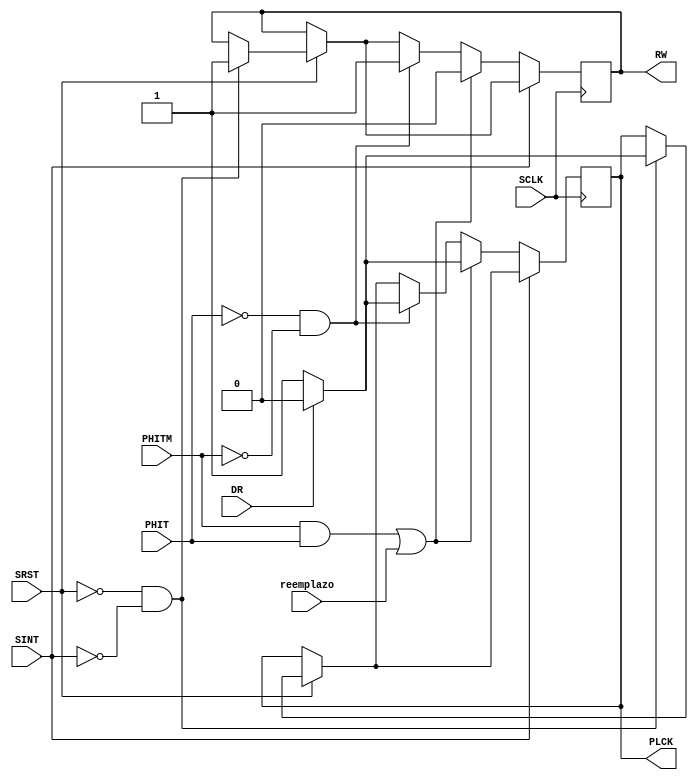
module READWRITE(DR, SRST, SCLK, SINT, reemplazo, PHITM, PHIT, RW, PLCK);

input SRST;
input DR;
input SCLK; 
input SINT;
input PHITM; 
input PHIT;
input reemplazo;
output reg RW; 
output reg PLCK; 
integer i;

always @(posedge SCLK) begin
 
if(SRST)begin  //al haber un reset, comienza ciclos de lectura para llenar sus lineas
  if(~SRST && ~SINT)begin                      //o hit miss
   for(i=0; i<10; i= i+1)begin
    PLCK <= 1;
    RW <= 1;
       if(DR && i==9)begin
      PLCK <=0;
      end
  end
    
  end
end
if(~SINT) begin
if(~PHIT && ~PHITM)begin 
  PLCK <= 1;
    RW <= 1;   
    if(DR)begin
      PLCK <=0;
    end
end

if((PHITM && PHIT) || reemplazo) begin
  PLCK <= 1;
  RW<=0;
    if(DR)begin
      PLCK <=0;
  end
end
end
end
endmodule